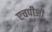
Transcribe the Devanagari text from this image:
एचपीजी